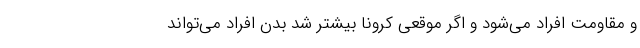
و مقاومت افراد می‌شود و اگر موقعی کرونا بیشتر شد بدن افراد می‌تواند